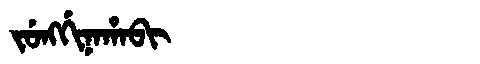
Manchu: ᠵᡠᠩᡤᡳᠨᠠᡥᠠᠪᡳ
Romanization: JUNGGINAHABI